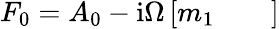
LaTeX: \begin{array}{r}{F_{0}=A_{0}-\mathrm{i}\Omega\left[\begin{array}{lll}{m_{1}}&{}&{}\end{array}\right]}\end{array}